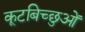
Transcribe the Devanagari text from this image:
कूटबिच्छुओं